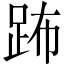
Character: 𨀒